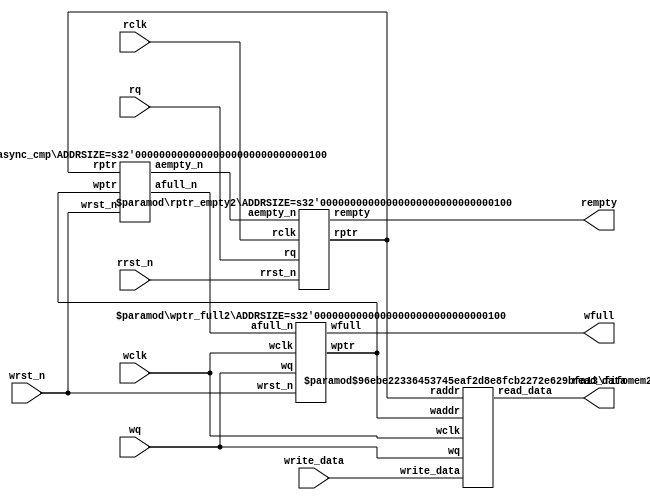
module fifo_async (read_data, wfull, rempty, write_data,
	wq, wclk, wrst_n, rq, rclk, rrst_n);
parameter DSIZE = 8;
parameter ASIZE = 4;
output [DSIZE-1:0] read_data;
output wfull;
output rempty;
input [DSIZE-1:0] write_data;
input wq, wclk, wrst_n;
input rq, rclk, rrst_n;
wire [ASIZE-1:0] wptr, rptr;
wire [ASIZE-1:0] waddr, raddr;
async_cmp #(ASIZE) async_cmp(.aempty_n(aempty_n),
	.afull_n(afull_n),
	.wptr(wptr), .rptr(rptr),
	.wrst_n(wrst_n));
fifomem2 #(DSIZE, ASIZE) fifomem2(.read_data(read_data),
	.write_data(write_data),
	.waddr(wptr),
	.raddr(rptr),
	.wq(wq),
	.wclk(wclk));
rptr_empty2 #(ASIZE) rptr_empty2(.rempty(rempty),
	.rptr(rptr),
	.aempty_n(aempty_n),
	.rq(rq),
	.rclk(rclk),
	.rrst_n(rrst_n));
wptr_full2 #(ASIZE) wptr_full2(.wfull(wfull),
	.wptr(wptr),
	.afull_n(afull_n),
	.wq(wq),
	.wclk(wclk),
	.wrst_n(wrst_n));
endmodule

module fifomem2
#(
    parameter  DATASIZE = 8, // Memory data word width
    parameter  ADDRSIZE = 4  // depth is 2^(ADDRSIZE-1),extra one bit is to judge empty or full
) // Number of mem address bits
(
    output [DATASIZE-1:0] read_data,
    input  [DATASIZE-1:0] write_data,
    input  [ADDRSIZE-1:0] waddr, raddr,
    input                 wq, wclk
);
   localparam DEPTH = 1<<ADDRSIZE; // DEPTH = 2**ADDRSIZE
   reg [DATASIZE-1:0] MEM [0:DEPTH-1];
   assign read_data = MEM[raddr];
   always @(posedge wclk)
	if (wq)
	  MEM[waddr] <= write_data;
endmodule

module async_cmp
#(
    parameter  ADDRSIZE = 4  // depth is 2^(ADDRSIZE-1),extra one bit is to judge empty or full
)
(
        input [ADDRSIZE-1:0]	wptr, rptr,
       	input wrst_n,
	output aempty_n, afull_n
);

localparam N = ADDRSIZE-1;
//internal signals
reg direction;
wire high = 1'b1;
wire dirset_n = ~( (wptr[N]^rptr[N-1]) & ~(wptr[N-1]^rptr[N]));
wire dirclr_n = ~((~(wptr[N]^rptr[N-1]) & (wptr[N-1]^rptr[N]))|	~wrst_n);
always @(posedge high or negedge dirset_n or negedge dirclr_n)
	if (!dirclr_n)
	  direction <= 1'b0;
	else if(!dirset_n)
	  direction <= 1'b1;
	else
	  direction <= high;
assign aempty_n = ~((wptr == rptr) && !direction);
assign afull_n = ~((wptr == rptr) && direction);

endmodule

module rptr_empty2
#(
    parameter  ADDRSIZE = 4  // depth is 2^(ADDRSIZE-1),extra one bit is to judge empty or full
)
(
	input aempty_n,
	input rq,rclk,rrst_n,
	output reg rempty,
	output reg [ADDRSIZE-1:0] rptr
);
reg [ADDRSIZE-1:0] rbin;
reg rempty2;
wire [ADDRSIZE-1:0] rgnext, rbnext;
//---------------------------------------------------------------
// GRAYSTYLE2 pointer
//---------------------------------------------------------------
always @(posedge rclk or negedge rrst_n)
     if (!rrst_n)
     begin
	     rbin <= 0;
	     rptr <= 0;
     end
     else
     begin
	     rbin <= rbnext;
	     rptr <= rgnext;
     end
	//---------------------------------------------------------------
	// increment the binary count if not empty
		//---------------------------------------------------------------
assign rbnext = !rempty ? rbin + rq : rbin;
assign rgnext = (rbnext>>1) ^ rbnext; // binary-to-gray conversion
always @(posedge rclk or negedge aempty_n)
	if (!aempty_n) {rempty,rempty2} <= 2'b11;
	else {rempty,rempty2} <= {rempty2,~aempty_n};
endmodule

module wptr_full2
#(
    parameter  ADDRSIZE = 4  // depth is 2^(ADDRSIZE-1),extra one bit is to judge empty or full
)
(
	input afull_n, wq, wclk,wrst_n,
	output reg wfull,
	output reg [ADDRSIZE-1:0] wptr
);

reg [ADDRSIZE-1:0] wbin;
reg  wfull2;
wire [ADDRSIZE-1:0] wgnext, wbnext;
//---------------------------------------------------------------
// GRAYSTYLE2 pointer
//---------------------------------------------------------------
always @(posedge wclk or negedge wrst_n)
	if (!wrst_n) begin
		wbin <= 0;
		wptr <= 0;
	end
	else begin
		wbin <= wbnext;
		wptr <= wgnext;
	end
	//---------------------------------------------------------------
	// increment the binary count if not full
assign wbnext = !wfull ? wbin + wq : wbin;
assign wgnext = (wbnext>>1) ^ wbnext; // binary-to-gray conversion
always @(posedge wclk or negedge wrst_n or negedge afull_n)
	if (!wrst_n ) {wfull,wfull2} <= 2'b00;
	else if (!afull_n) {wfull,wfull2} <= 2'b11;
	else {wfull,wfull2} <= {wfull2,~afull_n};
endmodule